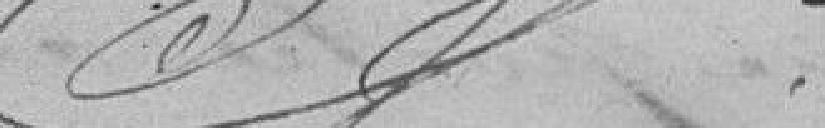
????????